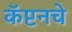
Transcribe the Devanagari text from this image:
कॅप्टनचे